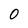
Character: O